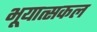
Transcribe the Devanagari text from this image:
भूयात्सकल